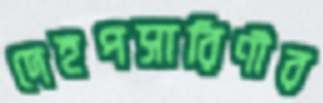
দেহপসারিণীর